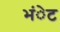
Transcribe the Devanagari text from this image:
भंेट